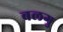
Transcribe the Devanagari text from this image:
बलगु